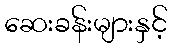
ဆေးခန်းများနှင့်